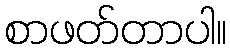
စာဖတ်တာပါ။